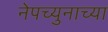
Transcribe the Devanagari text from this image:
नेपच्युनाच्या